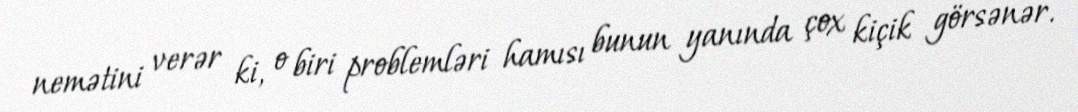
nemətini verər ki, o biri problemləri hamısı bunun yanında çox kiçik görsənər.